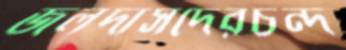
জলদাসদেরচন্দ